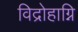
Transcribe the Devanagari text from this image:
विद्रोहाग्नि